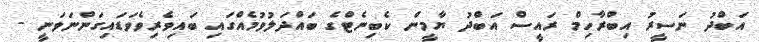
އަބްދު ނަސީރު އިބްރާހިމް ރައީސް އަބްދު ޔާމީން ކެބިނެޓްގެ ބައްދަލުވުމެއްގައި ބައިވެރިވެވަޑައިގަންނަވަނީ -